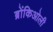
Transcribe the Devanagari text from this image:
ब्रोंकिओली